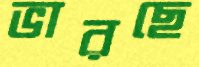
ভারছে